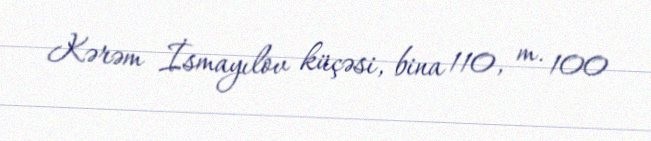
Kərəm İsmayılov küçəsi, bina 110, m. 100